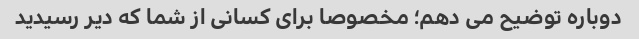
دوباره توضیح می دهم؛ مخصوصا برای کسانی از شما که دیر رسیدید